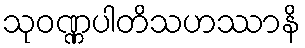
သုဝဏ္ဏပါတိသဟဿာနိ